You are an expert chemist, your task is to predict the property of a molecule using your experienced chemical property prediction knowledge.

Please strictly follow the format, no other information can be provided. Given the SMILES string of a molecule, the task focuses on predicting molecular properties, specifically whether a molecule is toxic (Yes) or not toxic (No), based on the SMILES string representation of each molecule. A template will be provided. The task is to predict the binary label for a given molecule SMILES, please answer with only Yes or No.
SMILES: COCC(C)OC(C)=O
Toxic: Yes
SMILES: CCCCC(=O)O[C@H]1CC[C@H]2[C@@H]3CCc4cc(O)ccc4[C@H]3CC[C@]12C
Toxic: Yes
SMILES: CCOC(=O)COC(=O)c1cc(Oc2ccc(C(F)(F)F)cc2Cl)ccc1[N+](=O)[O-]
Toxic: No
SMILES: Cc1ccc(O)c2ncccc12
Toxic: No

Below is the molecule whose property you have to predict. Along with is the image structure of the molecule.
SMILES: CC(C)(O)C(=O)Nc1ccc([N+](=O)[O-])c(C(F)(F)F)c1
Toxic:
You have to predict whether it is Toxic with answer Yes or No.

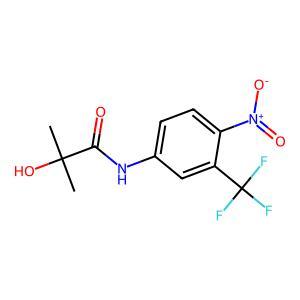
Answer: Yes